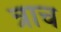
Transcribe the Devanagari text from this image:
त्राच